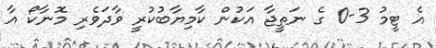
އެ ޓީމު 3-0 ގެ ނަތީޖާ އަކުން ކާމިޔާބުކުރީ ވާދަވެރި މޮނާކޯ އާ